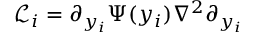
\mathcal { L } _ { i } = \partial _ { y _ { i } } \Psi ( y _ { i } ) \nabla ^ { 2 } \partial _ { y _ { i } }